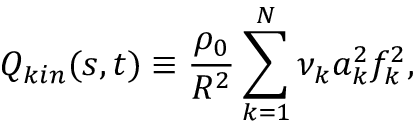
Q _ { k i n } ( s , t ) \equiv \frac { \rho _ { 0 } } { R ^ { 2 } } \sum _ { k = 1 } ^ { N } \nu _ { k } a _ { k } ^ { 2 } f _ { k } ^ { 2 } ,